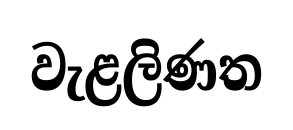
වැළලිණත